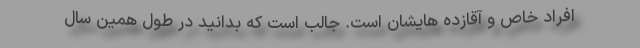
افراد خاص و آقازده هایشان است. جالب است که بدانید در طول همین سال